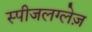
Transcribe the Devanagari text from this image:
स्पीजलग्लेज़